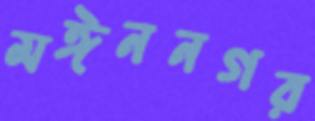
মঈননগর